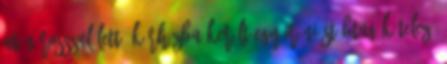
után rosszul lett, kórházba került egy iráni stábtag Kötelező